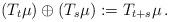
LaTeX: \begin{align*} (T_t \mu) \oplus (T_s \mu):= T_{t+s} \mu \,.\end{align*}